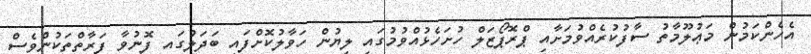
އެހެންކަމުން މަޢުލޫމާތު ސާފުކުރެއްވުމަށާއި ޕްރޮޕޯޒަލް ހުށަހެޅުއްވުމުގައި ލިޔުން ހަވާލުކޮށްފައި ބަދަލުގައި ފޮނުވާ ފަރާތްތަކުންވެސް